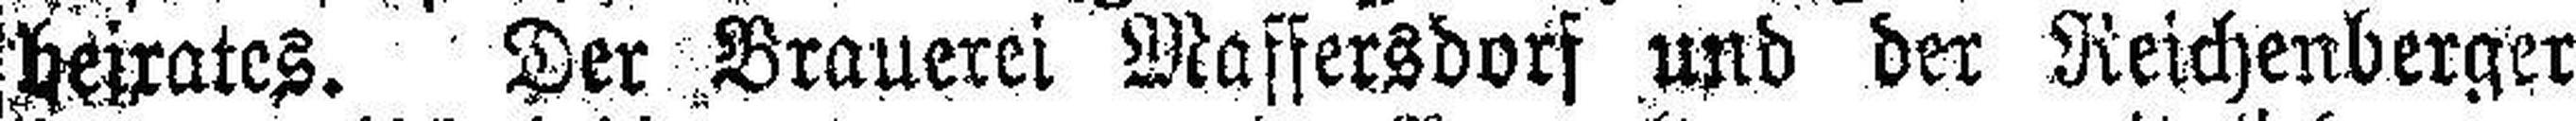
beirates. Der Brauerei Maffersdorf und der Reichenberger